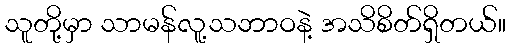
သူတို့မှာ သာမန်လူ့သဘာဝနဲ့ အသိစိတ်ရှိတယ်။